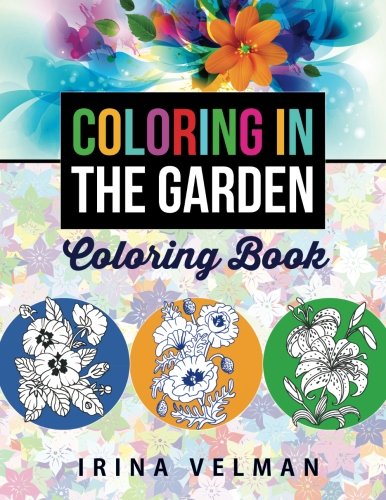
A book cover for Coloring In The Garden; Irina Velman; Teen & Young Adult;